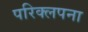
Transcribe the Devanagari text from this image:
परिक्लपना